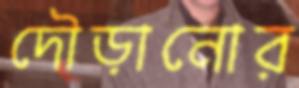
দৌড়ানোর